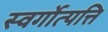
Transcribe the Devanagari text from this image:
स्वर्गोत्पत्ति